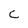
Character: c